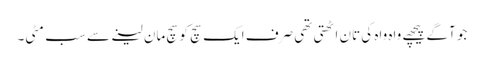
جو آگے پیچھے واہ واہ کی تان اٹھتی تھی صرف ایک سچ کو سچ مان لینے سے سب مٹی۔